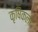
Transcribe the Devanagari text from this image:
कृषिकला